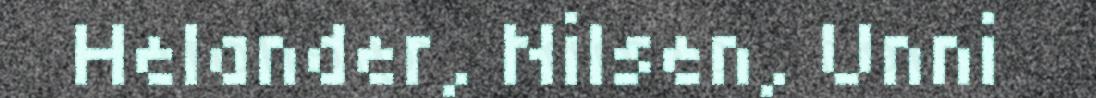
Helander, Nilsen, Unni